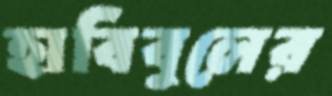
হাবিবুলের